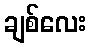
ချစ်လေး